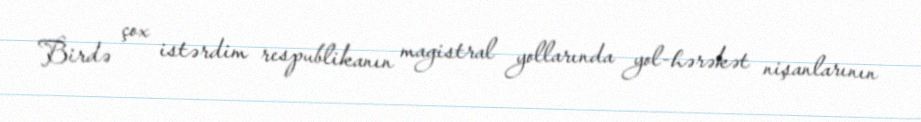
Birdə çox istərdim respublikanın magistral yollarında yol-hərəkət nişanlarının